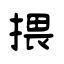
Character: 揋